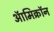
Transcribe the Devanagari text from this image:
ऑमिक्रॉन